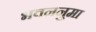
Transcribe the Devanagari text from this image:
भवननुमा